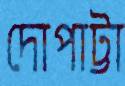
দোপাট্টা